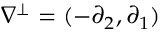
\nabla ^ { \perp } = ( - \partial _ { 2 } , \partial _ { 1 } )